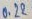
Text: 0.22